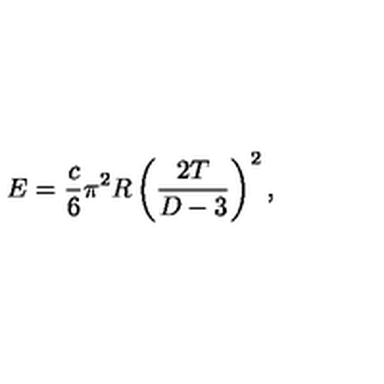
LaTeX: E = { \frac { c } { 6 } } \pi ^ { 2 } R \left( { \frac { 2 T } { D - 3 } } \right) ^ { 2 } ,